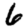
Digit: 6